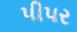
પીપર